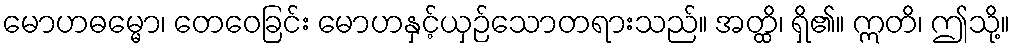
မောဟဓမ္မော၊ တေဝေခြင်း မောဟနှင့်ယှဉ်သောတရားသည်။ အတ္ထိ၊ ရှိ၏။ ဣတိ၊ ဤသို့။